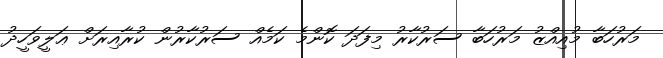
މަރުހަބާ މުއިއްޒު މަރުހަބާ ސަރުކާރު މިފަދަ ކޮންމެ ކަމެއް ސަރުކާރުން ކުރާއިރަށް ޢަލީވަހީދު